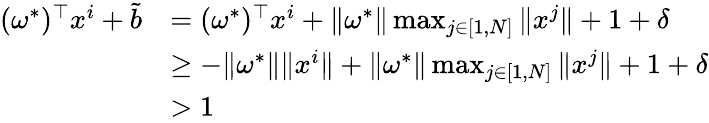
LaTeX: \begin{array}{rl}{(\omega^{*})^{\top}x^{i}+\tilde{b}}&{=(\omega^{*})^{\top}x^{i}+\Vert\omega^{*}\Vert\operatorname*{max}_{j\in[1,N]}\Vert x^{j}\Vert+1+\delta}\\ &{\geq-\Vert\omega^{*}\Vert\Vert x^{i}\Vert+\Vert\omega^{*}\Vert\operatorname*{max}_{j\in[1,N]}\Vert x^{j}\Vert+1+\delta}\\ &{>1}\end{array}